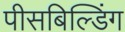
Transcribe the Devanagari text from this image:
पीसबिल्डिंग